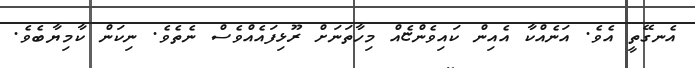
އެނގޭތީ އެވެ. އަނެއްކާ އެއިން ކައިވެންޏެއް މިހާތަނަށް ރޫޅިފައެއްވެސް ނެތެވެ. ނިކަން ކާމިޔާބެވެ.